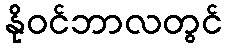
နိုဝင်ဘာလတွင်